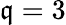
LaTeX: \mathfrak{q}=3